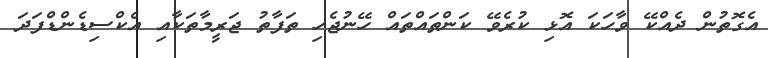
އެގޮތުން ދެއްކޭ ވާހަކަ އޮޅި ކުރެވޭ ކަންތައްތައް ހޭނުޖެހި ތަފާތު ޖަރީމާތަކާއި އެކްސިޑެންޑްފަދަ